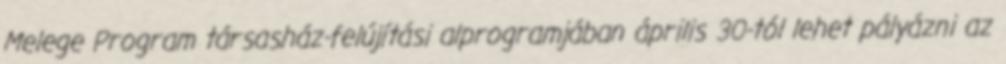
Melege Program társasház-felújítási alprogramjában április 30-tól lehet pályázni az